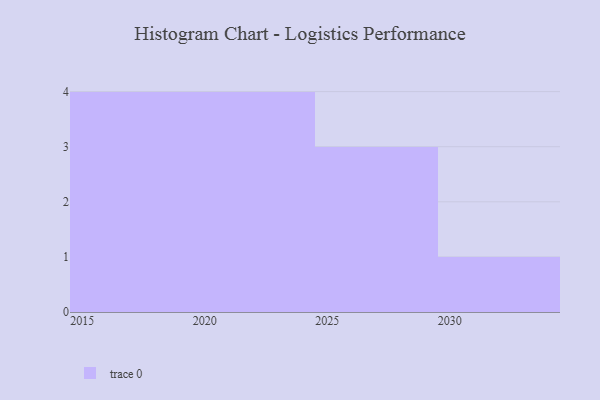
{"axis": {"x": "Year", "y": "Active Users"}, "legend": [""], "data": [{"x": "2021", "y": 70, "type": ""}, {"x": "2018", "y": 19, "type": ""}, {"x": "2016", "y": 32, "type": ""}, {"x": "2030", "y": 85, "type": ""}, {"x": "2029", "y": 49, "type": ""}, {"x": "2027", "y": 73, "type": ""}, {"x": "2025", "y": 8, "type": ""}, {"x": "2020", "y": 78, "type": ""}, {"x": "2024", "y": 72, "type": ""}, {"x": "2022", "y": 63, "type": ""}, {"x": "2015", "y": 8, "type": ""}, {"x": "2017", "y": 57, "type": ""}]}